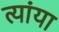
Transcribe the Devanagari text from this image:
त्यांया